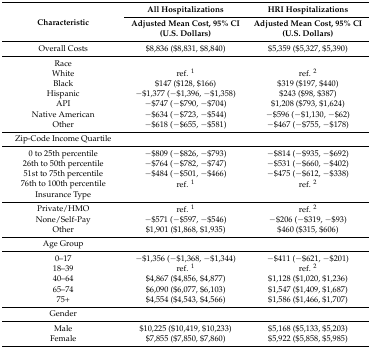
<table><thead><tr><td rowspan="2"><b>Characteristic</b></td><td><b>All Hospitalizations</b></td><td><b>HRI Hospitalizations</b></td></tr><tr><td><b>Adjusted Mean Cost, 95% CI (U.S. Dollars)</b></td><td><b>Adjusted Mean Cost, 95% CI (U.S. Dollars)</b></td></tr></thead><tbody><tr><td>Overall Costs</td><td>$8,836 ($8,831, $8,840)</td><td>$5,359 ($5,327, $5,390)</td></tr><tr><td>Race</td><td></td><td></td></tr><tr><td>White</td><td>ref. <sup>1</sup></td><td>ref. <sup>2</sup></td></tr><tr><td>Black</td><td>$147 ($128, $166)</td><td>$319 ($197, $440)</td></tr><tr><td>Hispanic</td><td>−$1,377 (−$1,396, −$1,358)</td><td>$243 ($98, $387)</td></tr><tr><td>API</td><td>−$747 (−$790, −$704)</td><td>$1,208 ($793, $1,624)</td></tr><tr><td>Native American</td><td>−$634 (−$723, −$544)</td><td>−$596 (−$1,130, −$62)</td></tr><tr><td>Other</td><td>−$618 (−$655, −$581)</td><td>−$467 (−$755, −$178)</td></tr><tr><td>Zip-Code Income Quartile</td><td></td><td></td></tr><tr><td>0 to 25th percentile</td><td>−$809 (−$826, −$793)</td><td>−$814 (−$935, −$692)</td></tr><tr><td>26th to 50th percentile</td><td>−$764 (−$782, −$747)</td><td>−$531 (−$660, −$402)</td></tr><tr><td>51st to 75th percentile</td><td>−$484 (−$501, −$466)</td><td>−$475 (−$612, −$338)</td></tr><tr><td>76th to 100th percentile</td><td>ref. <sup>1</sup></td><td>ref. <sup>2</sup></td></tr><tr><td>Insurance Type</td><td></td><td></td></tr><tr><td>Private/HMO</td><td>ref. <sup>1</sup></td><td>ref. <sup>2</sup></td></tr><tr><td>None/Self-Pay</td><td>−$571 (−$597, −$546)</td><td>−$206 (−$319, −$93)</td></tr><tr><td>Other</td><td>$1,901 ($1,868, $1,935)</td><td>$460 ($315, $606)</td></tr><tr><td>Age Group</td><td></td><td></td></tr><tr><td>0–17 </td><td>−$1,356 (−$1,368, −$1,344)</td><td>−$411 (−$621, −$201)</td></tr><tr><td>18–39</td><td>ref. <sup>1</sup></td><td>ref. <sup>2</sup></td></tr><tr><td>40–64</td><td>$4,867 ($4,856, $4,877)</td><td>$1,128 ($1,020, $1,236)</td></tr><tr><td>65–74</td><td>$6,090 ($6,077, $6,103)</td><td>$1,547 ($1,409, $1,687)</td></tr><tr><td>75+</td><td>$4,554 ($4,543, $4,566)</td><td>$1,586 ($1,466, $1,707)</td></tr><tr><td>Gender</td><td></td><td></td></tr><tr><td>Male</td><td>$10,225 ($10,419, $10,233)</td><td>$5,168 ($5,133, $5,203)</td></tr><tr><td>Female</td><td>$7,855 ($7,850, $7,860)</td><td>$5,922 ($5,858, $5,985)</td></tr></tbody></table>